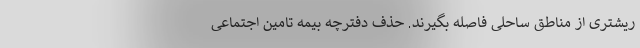
ریشتری از مناطق ساحلی فاصله بگیرند. حذف دفترچه بیمه تامین اجتماعی